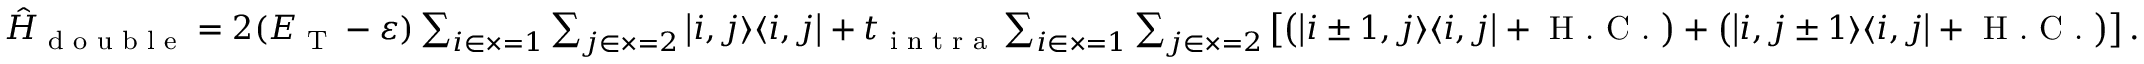
\begin{array} { r } { \hat { H } _ { \textrm { d o u b l e } } = 2 ( E _ { \textrm { T } } - \varepsilon ) \sum _ { i \in \times = 1 } \sum _ { j \in \times = 2 } \left| i , j \rangle \langle i , j \right| + t _ { \textrm { i n t r a } } \sum _ { i \in \times = 1 } \sum _ { j \in \times = 2 } \left[ \left( \left| i \pm 1 , j \rangle \langle i , j \right| + \textrm { H . C . } \right) + \left( \left| i , j \pm 1 \rangle \langle i , j \right| + \textrm { H . C . } \right) \right] . } \end{array}